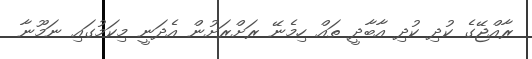
ރާއްޖޭގެ ކުދި ކުދި އާބާދީ ތައް ހިމެނޭ ރަށްރަށުން އެދަނީ މިކަމުގައި ނަމޫނާ